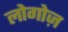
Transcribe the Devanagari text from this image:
लोगोज़